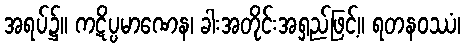
အရပ်၌။ ကဋိပ္ပမာဏေန၊ ခါးအတိုင်းအရှည်ဖြင့်။ ရတနဝဿံ၊